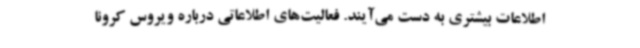
اطلاعات بیشتری به دست می‌آیند. فعالیت‌های اطلاعاتی درباره ویروس کرونا